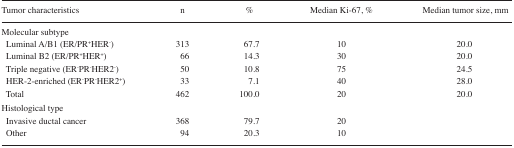
<table><thead><tr><td><b>Tumor characteristics</b></td><td><b>n</b></td><td><b>%</b></td><td><b>Median Ki-67, %</b></td><td><b>Median tumor size, mm</b></td></tr></thead><tbody><tr><td colspan="5">Molecular subtype</td></tr><tr><td> Luminal A/B1 (ER/PR<sup>+</sup>HER<sup>−</sup>)</td><td>313</td><td>67.7</td><td>10</td><td>20.0</td></tr><tr><td> Luminal B2 (ER/PR<sup>+</sup>HER<sup>+</sup>)</td><td>66</td><td>14.3</td><td>30</td><td>20.0</td></tr><tr><td> Triple negative (ER<sup>−</sup>PR<sup>−</sup>HER2<sup>−</sup>)</td><td>50</td><td>10.8</td><td>75</td><td>24.5</td></tr><tr><td> HER-2-enriched (ER<sup>−</sup>PR<sup>−</sup>HER2<sup>+</sup>)</td><td>33</td><td>7.1</td><td>40</td><td>28.0</td></tr><tr><td> Total</td><td>462</td><td>100.0</td><td>20</td><td>20.0</td></tr><tr><td colspan="5">Histological type</td></tr><tr><td> Invasive ductal cancer</td><td>368</td><td>79.7</td><td>20</td><td></td></tr><tr><td> Other</td><td>94</td><td>20.3</td><td>10</td><td></td></tr></tbody></table>